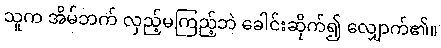
သူက အိမ်ဘက် လှည့်မကြည့်ဘဲ ခေါင်းဆိုက်၍ လျှောက်၏။